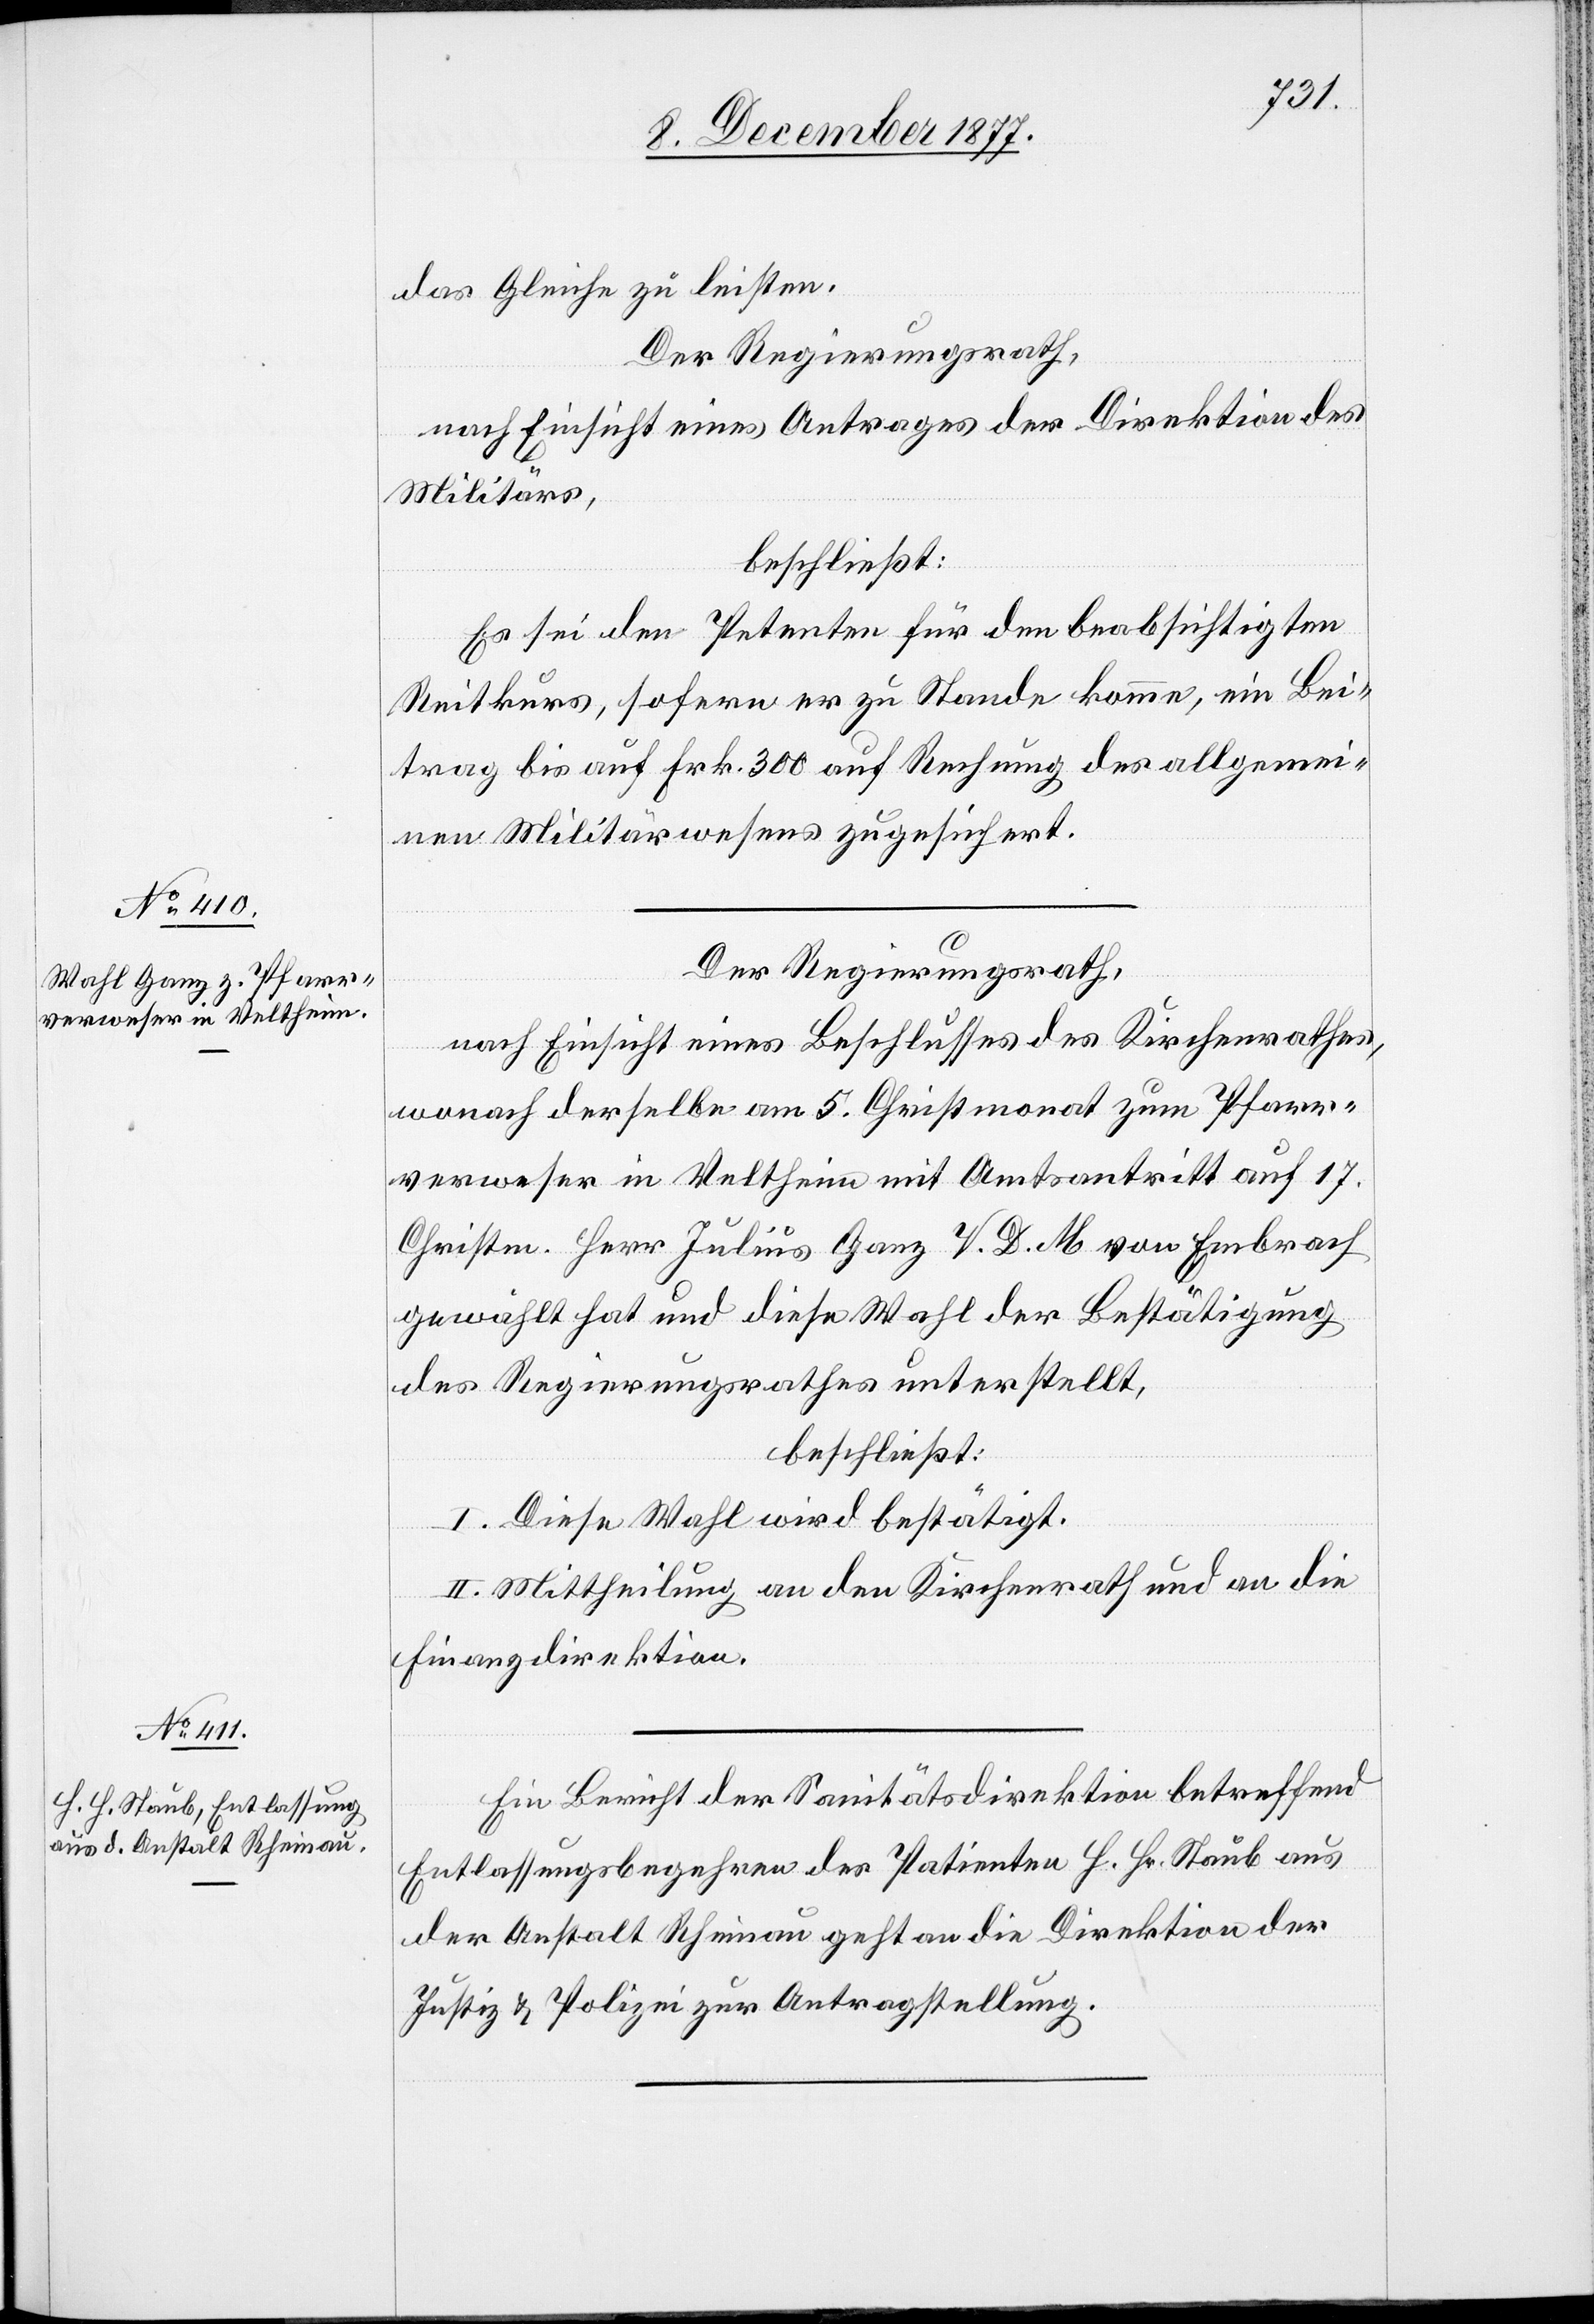
das Gleiche zu leisten.
Der Regierungsrath,
nach Einsicht eines Antrages der Direktion des
Militärs,
beschließt:
Es sei den Petenten für den beabsichtigten
Reitkurs, sofern er zu Stande komme, ein Bei¬
trag bis auf Frk. 300 auf Rechnung des allgemei¬
nen Militärwesens zugesichert.
Der Regierungsrath,
nach Einsicht eines Beschlusses des Kirchenrathes,
wonach derselbe am 5. Christmonat zum Pfarr¬
verweser in Veltheim mit Amtsantritt auf 17.
Christm. Herr Julius Ganz V. D. M. von Embrach
gewählt hat und diese Wahl der Bestätigung
des Regierungsrathes unterstellt,
beschließt:
I. Diese Wahl wird bestätigt.
II. Mittheilung an den Kirchenrath und an die
Finanzdirektion.
Ein Bericht der Sanitätsdirektion betreffend
Entlassungsbegehren des Patienten H. Hr. Staub aus
der Anstalt Rheinau geht an die Direktion der
Justiz & Polizei zur Antragstellung.